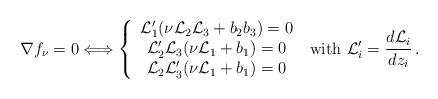
LaTeX: \begin{align*}\nabla f_\nu=0 \Longleftrightarrow\left\{\begin{array}{c}\mathcal L'_1(\nu\mathcal L_2\mathcal L_3+b_2b_3)=0\\\mathcal L'_2\mathcal L_3(\nu\mathcal L_1+b_1)=0\\\mathcal L_2\mathcal L'_3(\nu\mathcal L_1+b_1)=0\end{array}\right.\mbox{ with }\mathcal L'_i =\dfrac{d\mathcal L_i}{d z_i}\,.\end{align*}